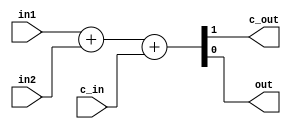
module FullAdder ( in1, in2, c_in, c_out, out);

input in1;
input in2;
input c_in;

output reg c_out;
output reg out;

	always @ (in1 or in2 or c_in) begin
	{c_out, out} = in1 + in2 + c_in;
end
endmodule